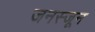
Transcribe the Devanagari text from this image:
जनस्जून